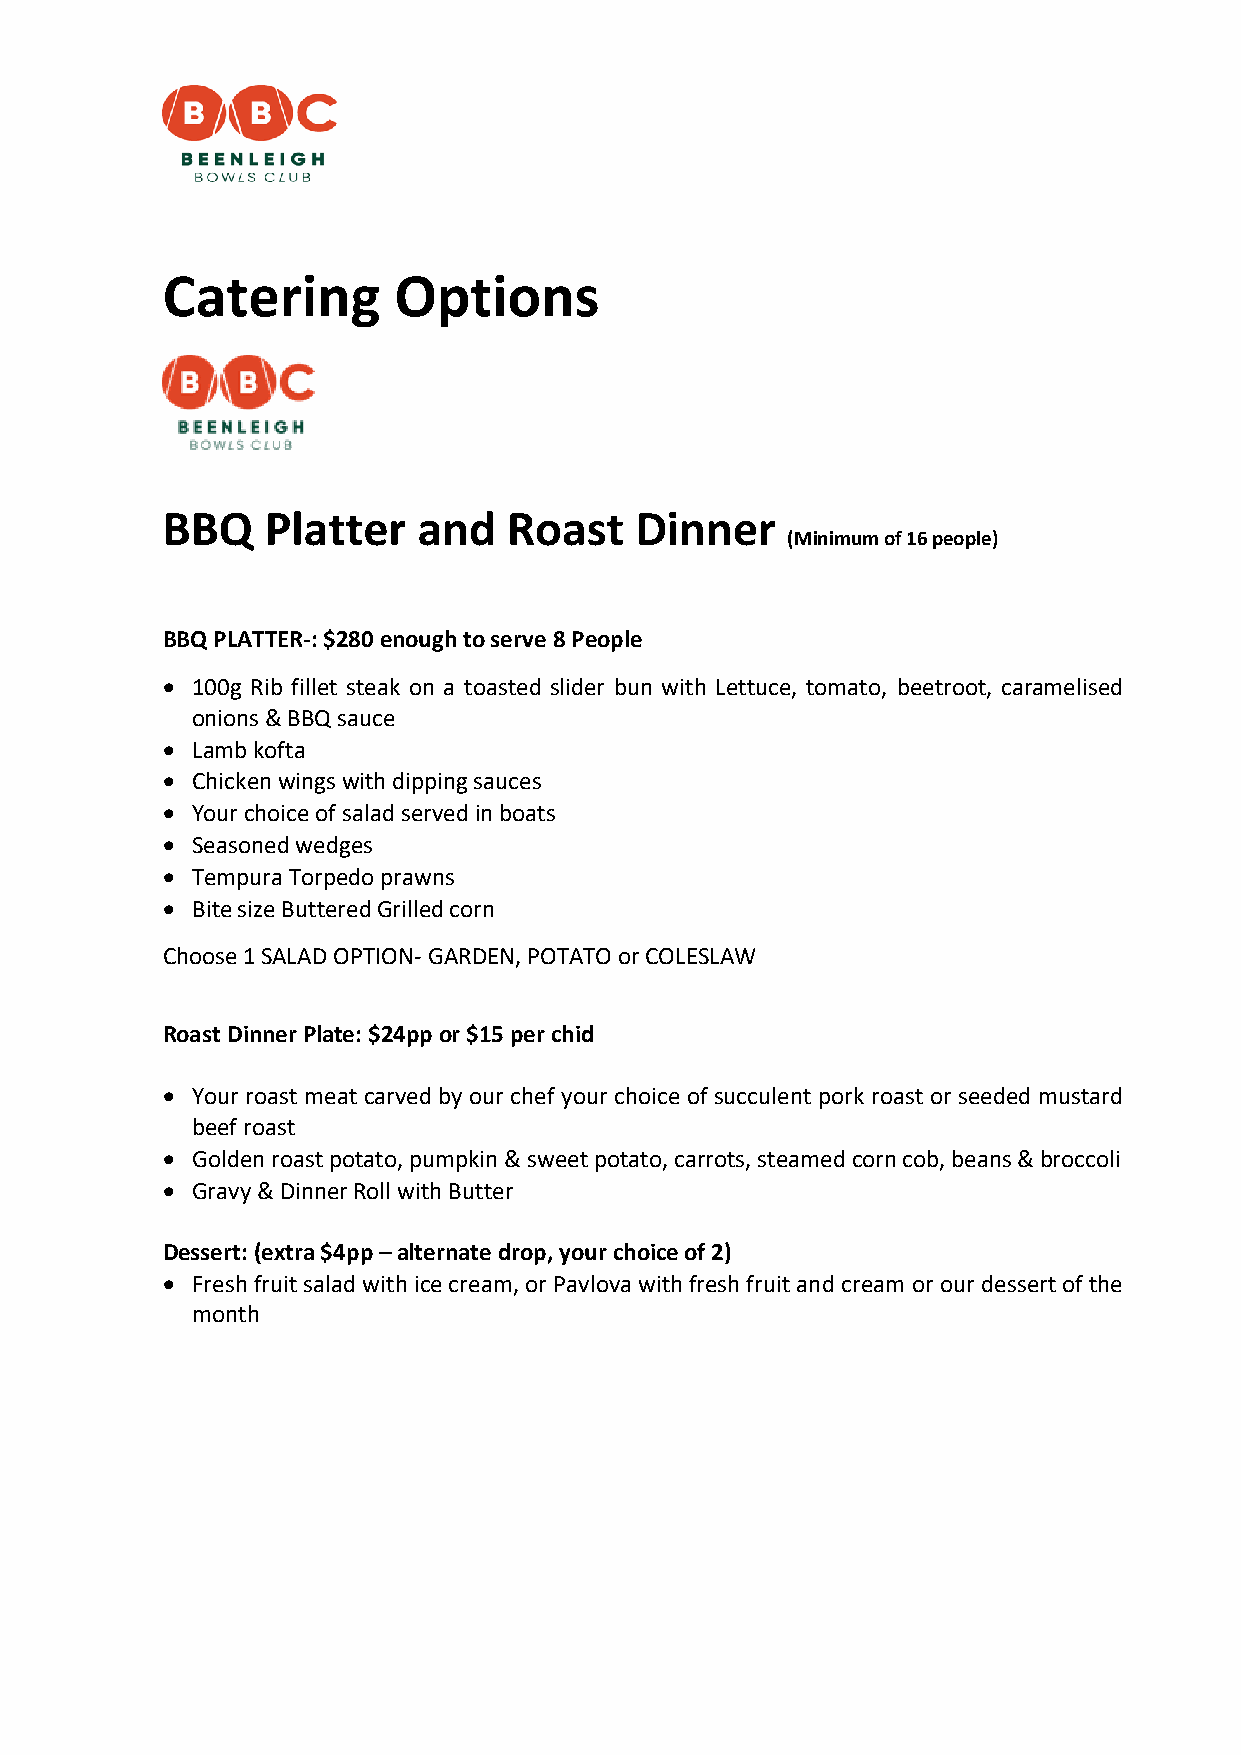
Catering       Options
 BBQ    Platter   and   Roast   Dinner
 (Minimum of 16 people)
 BBQ PLATTER-: $280 enough to serve 8 People
 • 100g Rib fillet steak on a toasted slider bun with Lettuce, tomato, beetroot, caramelised
 onions & BBQ sauce
 • Lamb kofta
 • Chicken wings with dipping sauces
 • Your choice of salad served in boats
 • Seasoned wedges
 • Tempura Torpedo prawns
 • Bite size Buttered Grilled corn
 Choose 1 SALAD OPTION- GARDEN, POTATO or COLESLAW
 Roast Dinner Plate: $24pp or $15 per chid
 • Your roast meat carved by our chef your choice of succulent pork roast or seeded mustard
 beef roast
 • Golden roast potato, pumpkin & sweet potato, carrots, steamed corn cob, beans & broccoli
 • Gravy & Dinner Roll with Butter
 Dessert: (extra $4pp – alternate drop, your choice of 2)
 • Fresh fruit salad with ice cream, or Pavlova with fresh fruit and cream or our dessert of the
 month